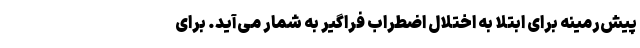
پیش‌رمینه برای ابتلا به اختلال اضطراب فراگیر به شمار می‌آید. برای